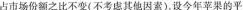
占市场份额之比不变(不考虑其他因素)设今年苹果的平